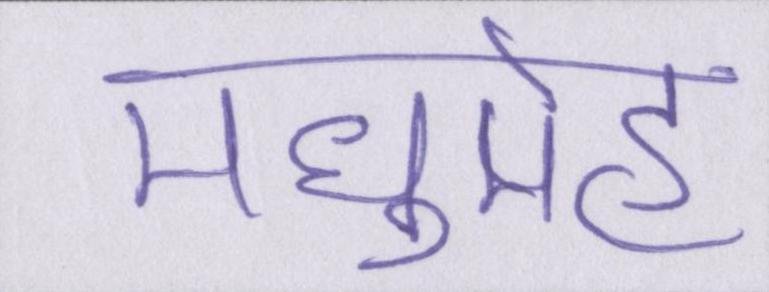
मधुमेह